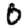
Digit: 0